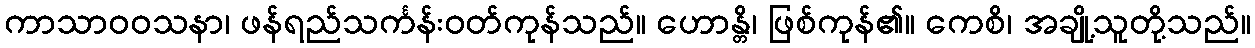
ကာသာဝဝသနာ၊ ဖန်ရည်သင်္ကန်းဝတ်ကုန်သည်။ ဟောန္တိ၊ ဖြစ်ကုန်၏။ ကေစိ၊ အချို့သူတို့သည်။